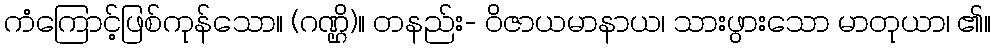
ကံကြောင့်ဖြစ်ကုန်သော။ (ဂဏ္ဌိ)။ တနည်း- ဝိဇာယမာနာယ၊ သားဖွားသော မာတုယာ၊ ၏။